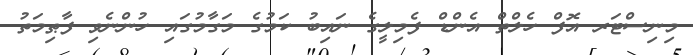
މިނިސްޓަރ އޮފް ހެލްތް އެންޑް ފެމިލީގެ ނައިބު ކަމުގެ މަގާމުގައި ހުންނެވި ފާޠިމަތު